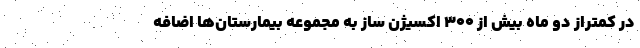
در کمتراز دو ماه بیش از ۳۰۰ اکسیژن ساز به مجموعه بیمارستان‌ها اضافه